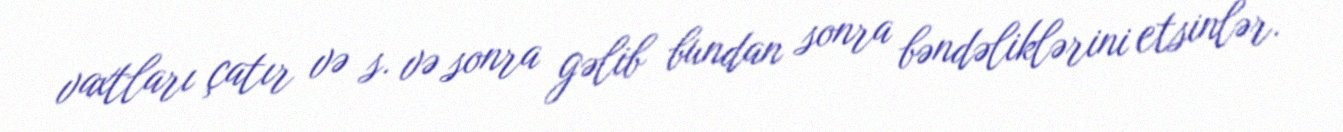
vaxtları çatır və s. və sonra gəlib bundan sonra bəndəliklərini etsinlər.